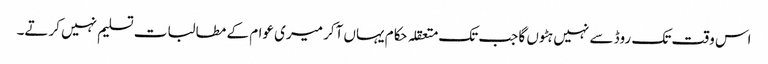
اس وقت تک روڈ سے نہیں ہٹوں گا جب تک متعقلہ حکام یہاں آکر میری عوام کے مطالبات تسلیم نہیں کرتے۔